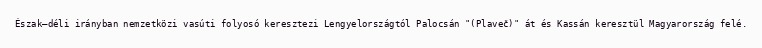
Észak–déli irányban nemzetközi vasúti folyosó keresztezi Lengyelországtól Palocsán "(Plaveč)" át és Kassán keresztül Magyarország felé.